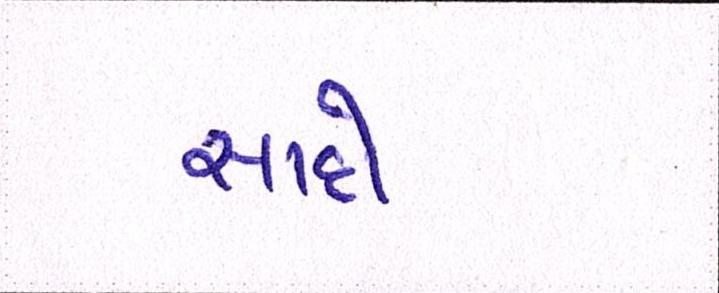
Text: સાદો